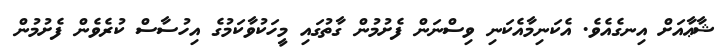
ޝާޢާއަށް އިނގެއެވެ. އެކަނިމާއެކަނި ވިސްނަން ފެށުމުން ގާތުގައި މީހަކުވާކަމުގެ އިހުސާސް ކުރެވެން ފެށުމުން